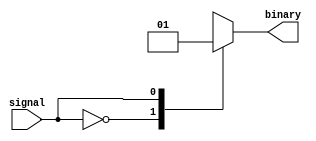
module Encoder(
    input signal,
    output reg binary
);

always @ (signal)
begin
    case(signal)
        1'b0: binary = 2'b00;
        1'b1: binary = 2'b01;
        2'b01: binary = 2'b10;
        2'b10: binary = 2'b11;
        default: binary = 2'b00; // default encoding rule
    endcase
end

endmodule